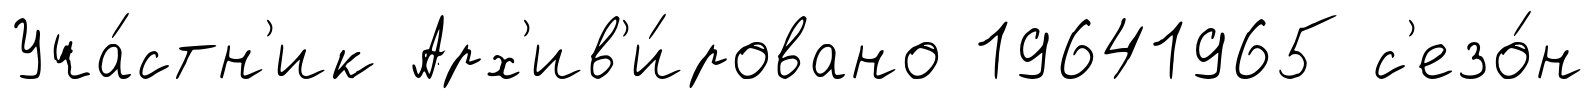
Уча́стн'ик Арх'ив'и́ровано 19641965 с'езо́н